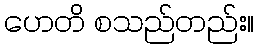
ဟေတိ စသည်တည်း။